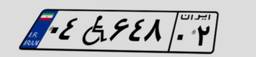
۱۷W۰۶۰۹۲